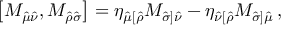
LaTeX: \left[ M _ { \hat { \mu } \hat { \nu } } , M _ { \hat { \rho } \hat { \sigma } } \right] = \eta _ { \hat { \mu } [ \hat { \rho } } M _ { \hat { \sigma } ] \hat { \nu } } - \eta _ { \hat { \nu } [ \hat { \rho } } M _ { \hat { \sigma } ] \hat { \mu } } \, ,